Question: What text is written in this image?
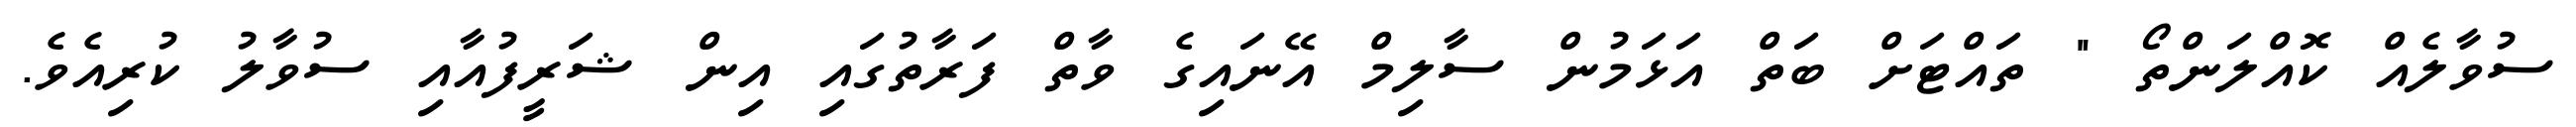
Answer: ސުވާލެއް ކޮއްލަންތޯ " ތައްޓަށް ބަތް އަޅަމުން ސާލިމް އޭނައިގެ ވާތް ފަރާތުގައި އިން ޝަރީފުއާއި ސުވާލު ކުރިއެވެ.